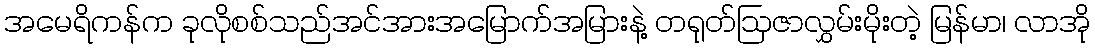
အမေရိကန်က ခုလိုစစ်သည်အင်အားအမြောက်အမြားနဲ့ တရုတ်ဩဇာလွှမ်းမိုးတဲ့ မြန်မာ၊ လာအို